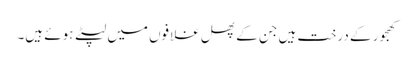
کھجور کے درخت ہیں جن کے پھل غلافوں میں لپٹے ہوئے ہیں۔